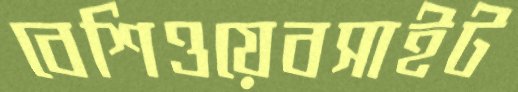
বেশিওয়েবসাইট